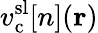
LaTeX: v_{\mathrm{c}}^{\mathrm{sl}}[n](\mathbf{r})